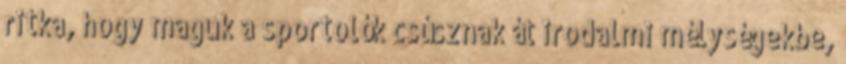
ritka, hogy maguk a sportolók csúsznak át irodalmi mélységekbe,